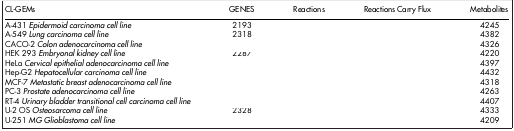
<table><thead><tr><td><b>CL-GEMs</b></td><td><b>GENES</b></td><td><b>Reactions</b></td><td><b>Reactions Carry Flux</b></td><td><b>Metabolites</b></td></tr></thead><tbody><tr><td>A-431 <i>Epidermoid carcinoma cell line</i></td><td>2193</td><td>[EMPTY_CELL]</td><td>[EMPTY_CELL]</td><td>4245</td></tr><tr><td>A-549 <i>Lung carcinoma cell line</i></td><td>2318</td><td>[EMPTY_CELL]</td><td>[EMPTY_CELL]</td><td>4382</td></tr><tr><td>CACO-2 <i>Colon adenocarcinoma cell line</i></td><td>[EMPTY_CELL]</td><td>[EMPTY_CELL]</td><td>[EMPTY_CELL]</td><td>4326</td></tr><tr><td>HEK 293 <i>Embryonal kidney cell line</i></td><td>2287</td><td>[EMPTY_CELL]</td><td>[EMPTY_CELL]</td><td>4220</td></tr><tr><td>HeLa <i>Cervical epithelial adenocarcinoma cell line</i></td><td>[EMPTY_CELL]</td><td>[EMPTY_CELL]</td><td>[EMPTY_CELL]</td><td>4397</td></tr><tr><td>Hep-G2 <i>Hepatocellular carcinoma cell line</i></td><td>[EMPTY_CELL]</td><td>[EMPTY_CELL]</td><td>[EMPTY_CELL]</td><td>4432</td></tr><tr><td>MCF-7 <i>Metastatic breast adenocarcinoma cell line</i></td><td>[EMPTY_CELL]</td><td>[EMPTY_CELL]</td><td>[EMPTY_CELL]</td><td>4318</td></tr><tr><td>PC-3 <i>Prostate adenocarcinoma cell line</i></td><td>[EMPTY_CELL]</td><td>[EMPTY_CELL]</td><td>[EMPTY_CELL]</td><td>4263</td></tr><tr><td>RT-4 <i>Urinary bladder transitional cell carcinoma cell line</i></td><td>[EMPTY_CELL]</td><td>[EMPTY_CELL]</td><td>[EMPTY_CELL]</td><td>4407</td></tr><tr><td>U-2 OS <i>Osteosarcoma cell line</i></td><td>2328</td><td>[EMPTY_CELL]</td><td>[EMPTY_CELL]</td><td>4333</td></tr><tr><td>U-251 <i>MG Glioblastoma cell line</i></td><td>[EMPTY_CELL]</td><td>[EMPTY_CELL]</td><td>[EMPTY_CELL]</td><td>4209</td></tr></tbody></table>